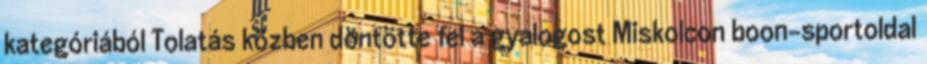
kategóriából Tolatás közben döntötte fel a gyalogost Miskolcon boon-sportoldal